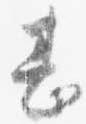
甚